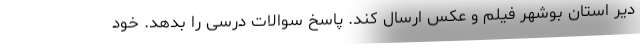
دیر استان بوشهر فیلم و عکس ارسال کند. پاسخ سوالات درسی را بدهد. خود